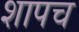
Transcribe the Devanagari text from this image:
शापच